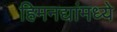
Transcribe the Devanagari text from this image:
हिमनद्यांमध्ये